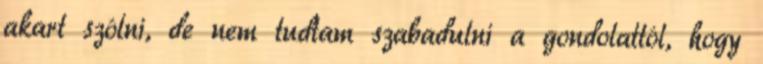
akart szólni, de nem tudtam szabadulni a gondolattól, hogy